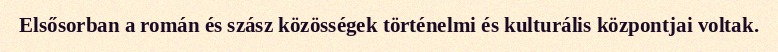
Elsősorban a román és szász közösségek történelmi és kulturális központjai voltak.